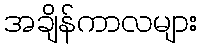
အချိန်ကာလများ